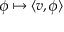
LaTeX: \phi \mapsto \langle v , \phi \rangle